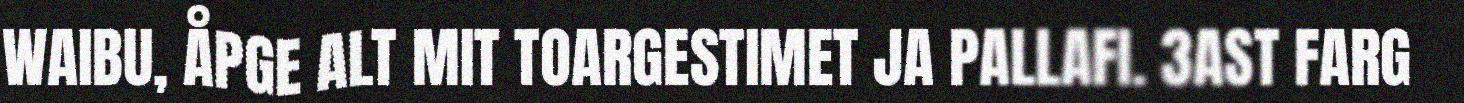
WAIBU, ÅPGE ALT MIT TOARGESTIMET JA PALLAFI. 3AST FARG